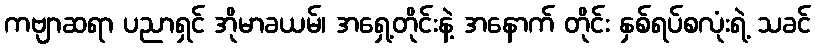
ကဗျာဆရာ ပညာရှင် အိုမာခယမ်၊ အရှေ့တိုင်းနဲ့ အနောက် တိုင်း နှစ်ရပ်စလုံးရဲ့ သခင်